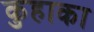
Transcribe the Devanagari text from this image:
कुहाका